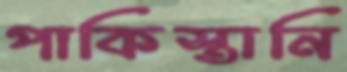
পাকিস্তানি